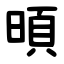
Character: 暊